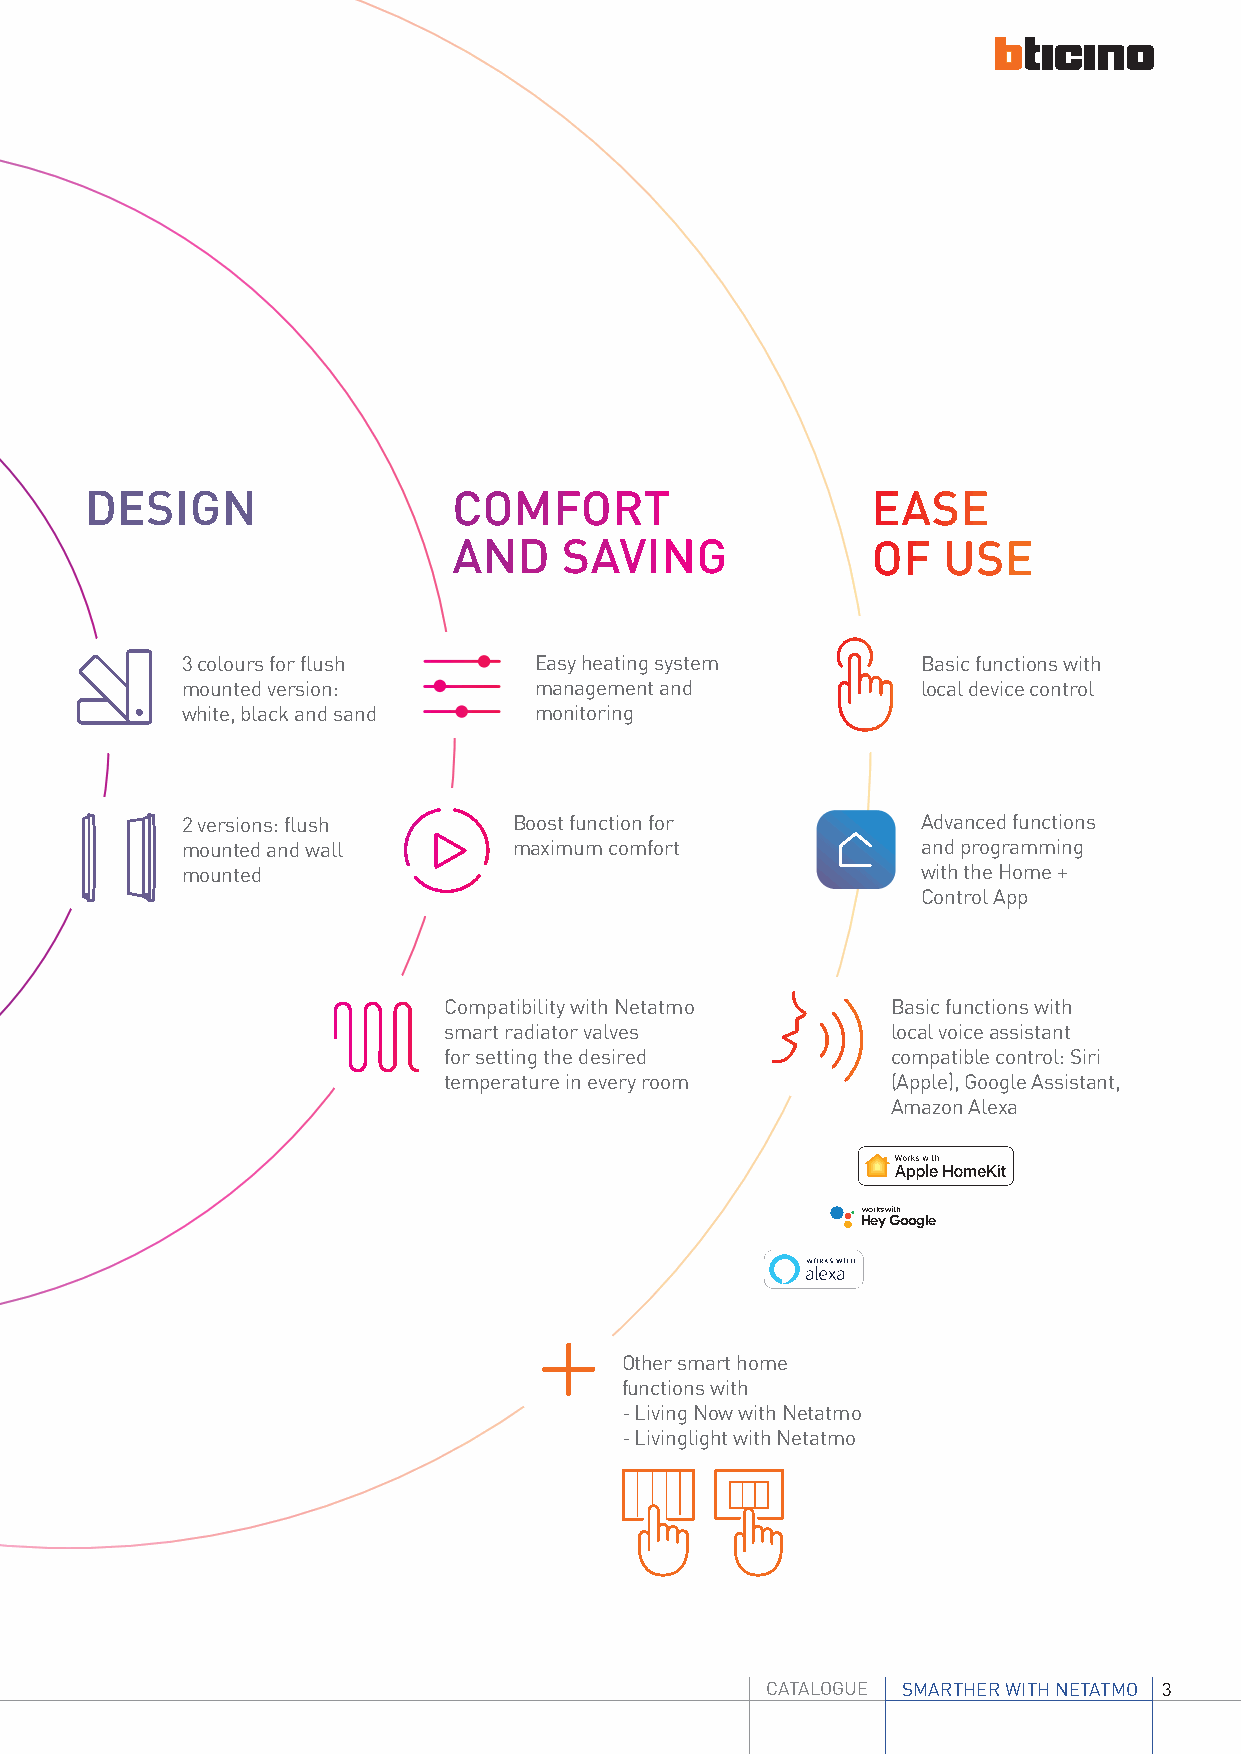
DESIGN                  COMFORT                     EASE
 AND    SAVING               OF  USE
 3 colours for flush    Easy heating system       Basic functions with
 mounted version:       management and            local device control
 white, black and sand  monitoring
 2 versions: flush     Boost function for         Advanced functions
 mounted and wall      maximum comfort            and programming
 mounted                                          with the Home +
 Control App
 Compatibility with Netatmo    Basic functions with
 smart radiator valves         local voice assistant
 for setting the desired       compatible control: Siri
 temperature in every room     (Apple), Google Assistant,
 Amazon Alexa
 works with
 Hey Google
 Other smart home
 functions with
 - Living Now with Netatmo
 - Livinglight with Netatmo
 CATALOGUE SMARTHER WITH NETATMO 3